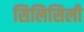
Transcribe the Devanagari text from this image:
सिलिसिली